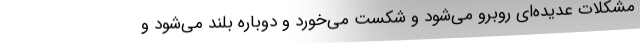
مشکلات عدیده‌ای روبرو می‌شود و شکست می‌خورد و دوباره بلند می‌شود و